Indian journal of veterinary science and animal husbandry - Volume 11,
Year: 1941
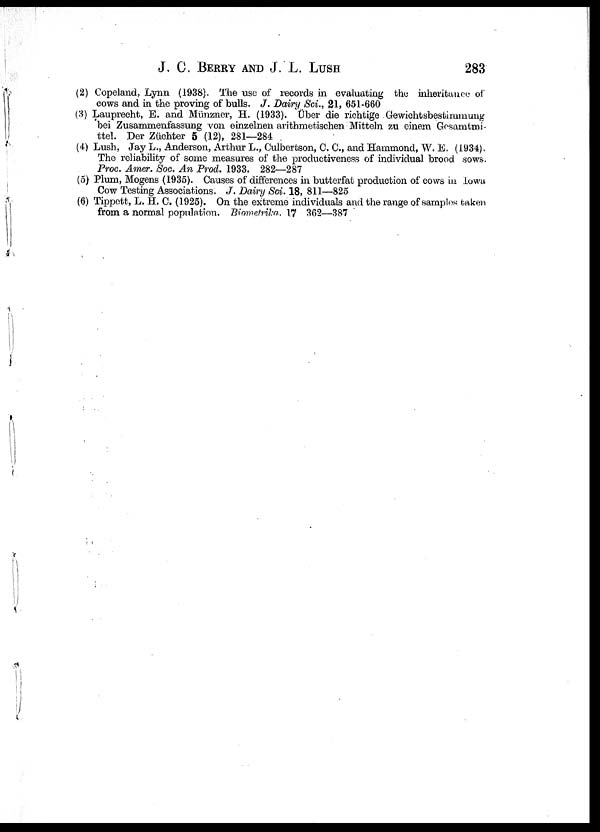
J, C. BERRY AND J. L. LUSH 283
(2) Copeland, Lynn (1938). The use of records in evaluating the inheritance of
cows and in the proving of bulls. J. Dairy Sci., 21, 651-660
(3) Lauprecht, E. and Miinzner, H. (1933). Uber die richtige Gewichtsbestirumuug
bei Zusammenfassung von einzelnen arithmetischen Mitteln zu einem Gosamtmi¬
ttel. Der Züchter 5 (12), 281—284
(4) Lush, Jay L., Anderson, Arthur L., Culbertson, C. C, and Hammond, W. E. (1934).
The reliability of some measures of the productiveness of individual brood sows.
Proc. Amer. Soc. An Prod. 1933. 282—287
(5) Plum, Mogens (1935). Causes of differences in butterfat production of cows in Iowa
Cow Testing Associations. J. Dairy Sci. 18, 811—825
(6) Tippett, L. H. C. (1925). On the extreme individuals and the range of samplos taken
from a normal population. Biometrika. 17 362—387